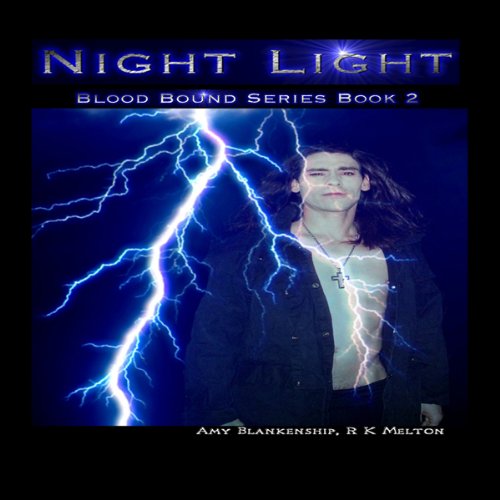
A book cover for Night Light: Blood Bound, Book 2; Amy Blankenship; Romance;